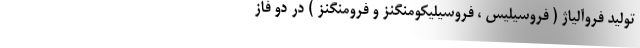
توليد فروآلياژ ( فروسيليس ، فروسيليكومنگنز و فرومنگنز ) در دو فاز